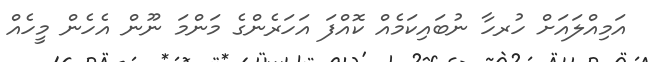
އަމިއްލައަށް ހުރހާ ނުބައިކަމެއް ކޮއްފަ އަހަރެންގެ މަންމަ ނޫން އެހެން މީހެއް